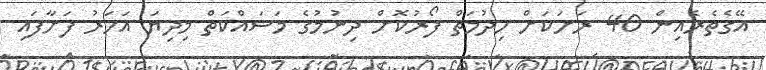
އޭގެތެރެއިން 40 ރަށަކަށް ހިދުމަތް ފޯރުކޮށް ދިނުމުގެ މަސައްކަތް މިދިޔަ އަހަރު ފަށާފައި